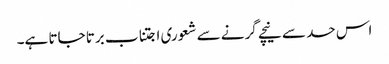
اس حد سے نیچے گرنے سے شعوری اجتناب برتا جاتا ہے۔